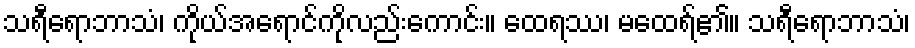
သရီရောဘာသံ၊ ကိုယ်အရောင်ကိုလည်းကောင်း။ ထေရဿ၊ မထေရ်၏။ သရီရောဘာသံ၊